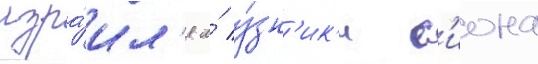
изра́ил'я и́ у́зн'ик'и с'иона